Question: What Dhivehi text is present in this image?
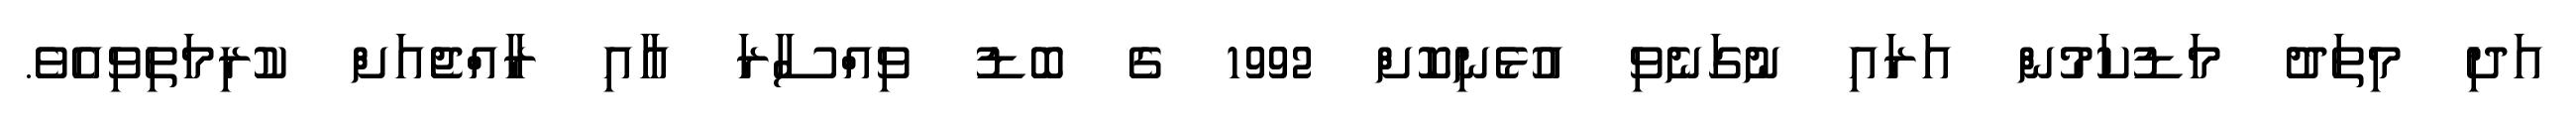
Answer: އަދި މިތަދު މަޑުކަމުން އަރައި ނުގަނެވި އުޅެނިކޮށް 1992 ގެ ބޮޑު ވިއްސާރަ އާއި ރާއްޖެއަށް ކުރިމަތިވިއެވެ.